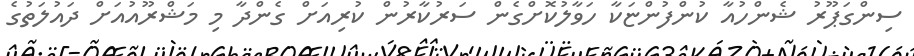
ސިންގަޕޫރު ޝެންހުއާ ކުންފުންޏަކާ ހަވާލުކޮށްގެން ސަރުކާރުން ކުރިއަށް ގެންދާ މި މަޝްރޫއުއަށް ދައުލަތުގެ